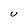
Character: U